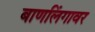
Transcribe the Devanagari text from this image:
बाणलिंगावर